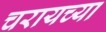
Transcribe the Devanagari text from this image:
चरायच्या